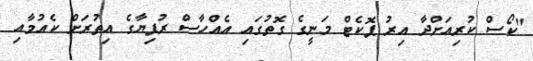
"ކޯސް ކުރިއަށްދާ އިރު ޕޮކެޓް މަނީގެ ގޮތުގައި އެއްހާސް ރުފިޔާގެ އިތުރަށް ކެއުމާއި